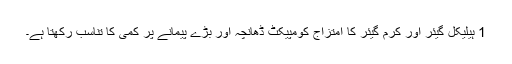
1 ہیلیکل گیئر اور کرم گیئر کا امتزاج کومپیکٹ ڈھانچہ اور بڑے پیمانے پر کمی کا تناسب رکھتا ہے۔